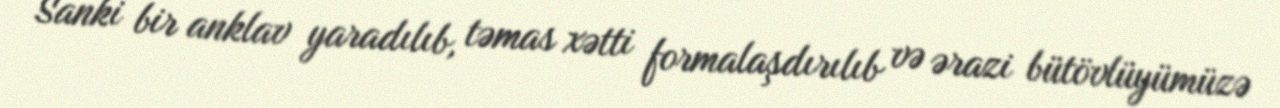
Sanki bir anklav yaradılıb, təmas xətti formalaşdırılıb və ərazi bütövlüyümüzə